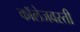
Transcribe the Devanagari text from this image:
कॉलेजवस्ती